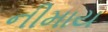
નીમાય